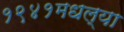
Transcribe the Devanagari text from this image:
१९४१मधल्या